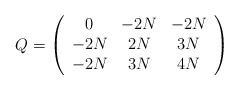
\begin{align*}Q=\left( \begin{array}{ccc}0 & -2N & -2N \\ -2N & 2N & 3N \\ -2N & 3N & 4N\end{array}\right)\end{align*}